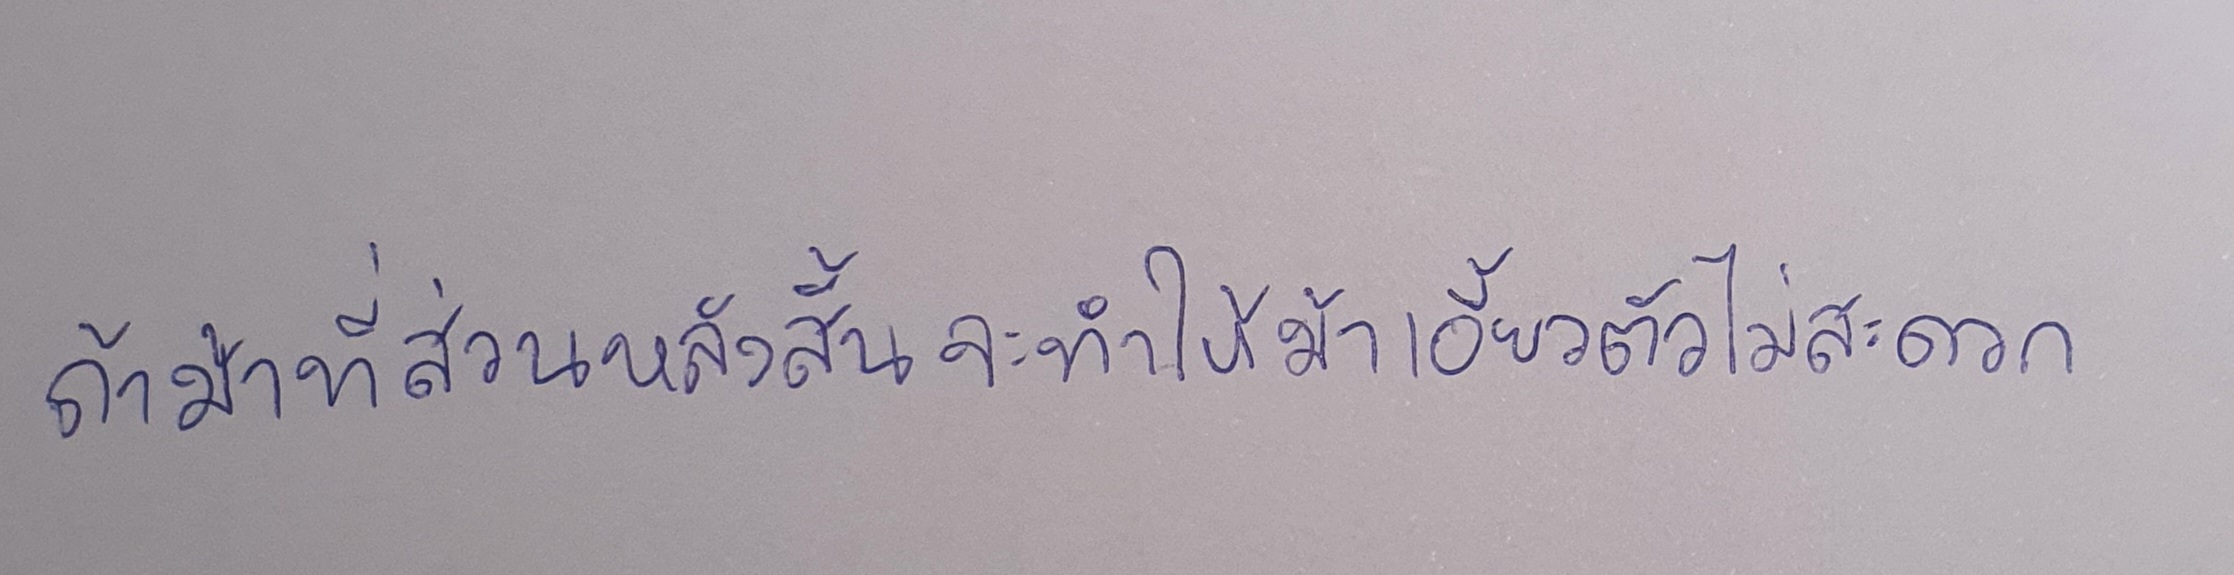
ถ้าม้าที่ส่วนหลังสั้นจะทำให้ม้าเอี้ยวตัวไม่สะดวก